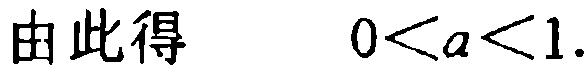
由此得 \(0 < a < 1\).